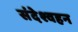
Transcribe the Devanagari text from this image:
संदेश्वहन